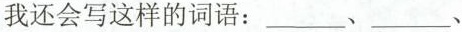
我还会写这样的词语：___、___、